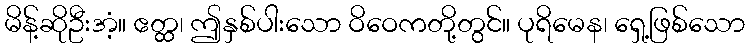
မိန့်ဆိုဦးအံ့။ ဧတ္ထ၊ ဤနှစ်ပါးသော ဝိဝေကတို့တွင်။ ပုရိမေန၊ ရှေ့ဖြစ်သော